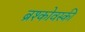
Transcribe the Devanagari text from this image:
ब्रश्कोवस्की